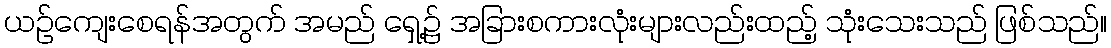
ယဉ်ကျေးစေရန်အတွက် အမည် ရှေ့၌ အခြားစကားလုံးများလည်းထည့် သုံးသေးသည် ဖြစ်သည်။